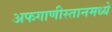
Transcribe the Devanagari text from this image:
अफगाणीस्तानमध्ये